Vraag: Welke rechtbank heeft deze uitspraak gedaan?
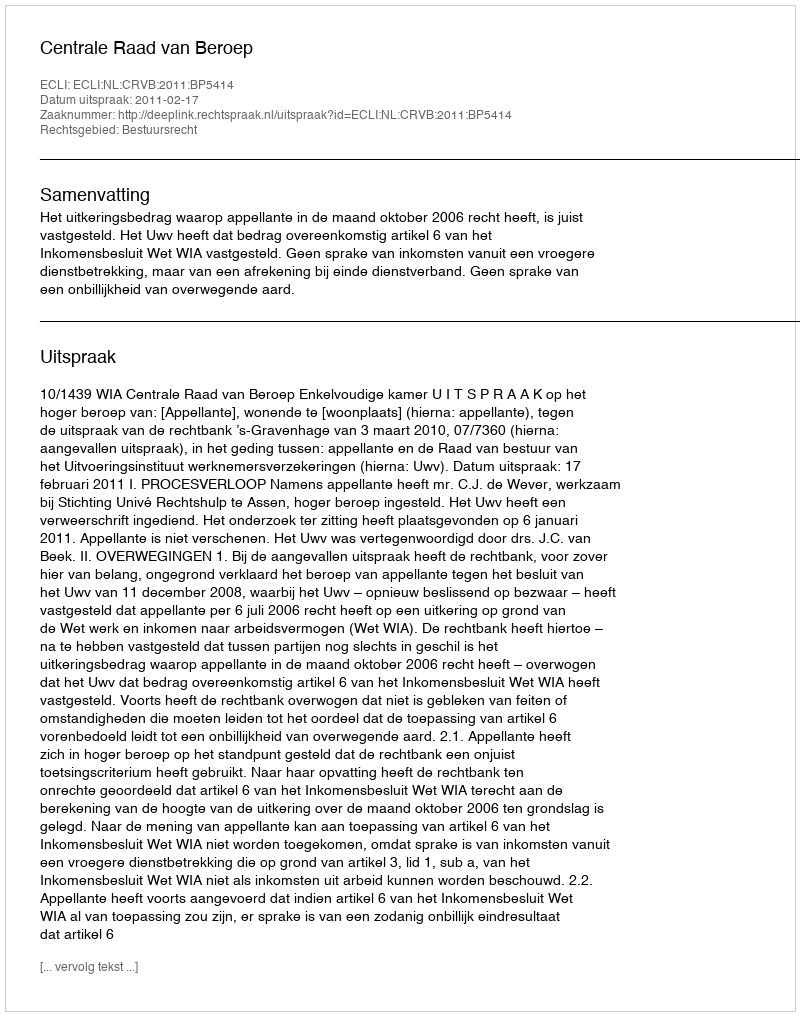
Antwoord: Centrale Raad van Beroep